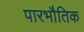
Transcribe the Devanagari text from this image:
पारभौतिक